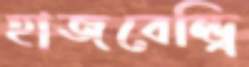
হাজবেন্ড্রি